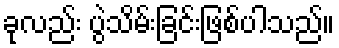
ခုလည်း ပွဲသိမ်းခြင်းဖြစ်ပါသည်။